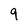
Character: 9